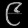
Digit: ၉